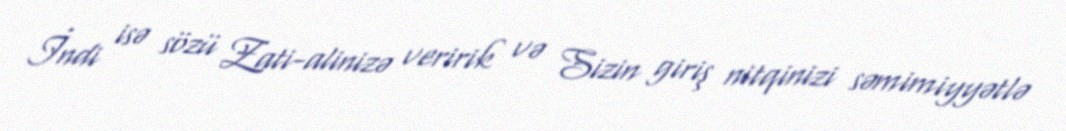
İndi isə sözü Zati-alinizə veririk və Sizin giriş nitqinizi səmimiyyətlə